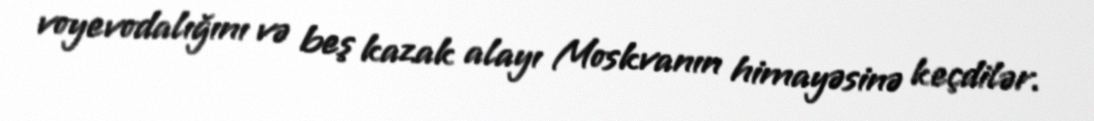
voyevodalığını və beş kazak alayı Moskvanın himayəsinə keçdilər.